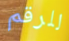
للرقم